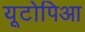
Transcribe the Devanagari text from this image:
यूटोपिआ